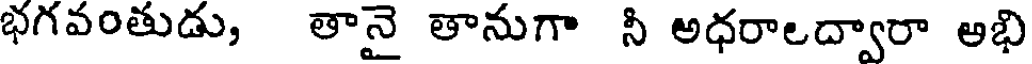
భగవంతుడు, తానై తానుగా నీ అధరాలద్వారా అభి